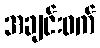
အချင်းဝက်